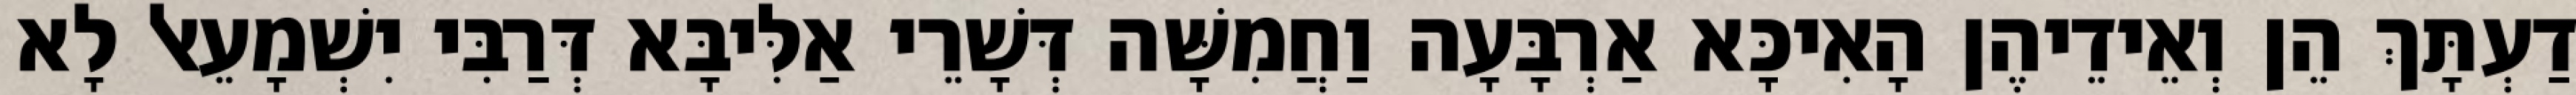
דַעְתָּךְ הֵן וְאֵידֵיהֶן הָאִיכָּא אַרְבָּעָה וַחֲמִשָּׁה דְּשָׁרֵי אַלִּיבָּא דְּרַבִּי יִשְׁמָעֵאל לָא